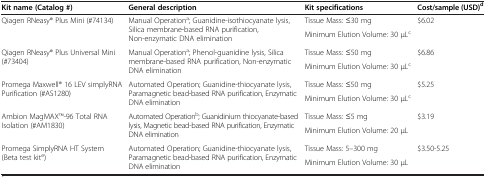
<table><thead><tr><td><b>Kit name (Catalog #)</b></td><td><b>General description</b></td><td><b>Kit specifications</b></td><td><b>Cost/sample (USD)<sup>d</sup></b></td></tr></thead><tbody><tr><td rowspan="2">Qiagen RNeasy® Plus Mini (#74134)</td><td rowspan="2">Manual Operation<sup>a</sup>; Guanidine-isothiocyanate lysis, Silica membrane-based RNA purification, Non-enzymatic DNA elimination</td><td>Tissue Mass: ≤30 mg</td><td rowspan="2">$6.02</td></tr><tr><td>Minimum Elution Volume: 30 μL<sup>c</sup></td></tr><tr><td rowspan="2">Qiagen RNeasy® Plus Universal Mini (#73404)</td><td rowspan="2">Manual Operation<sup>a</sup>; Phenol-guanidine lysis, Silica membrane-based RNA purification, Non-enzymatic DNA elimination</td><td>Tissue Mass: ≤50 mg</td><td rowspan="2">$6.86</td></tr><tr><td>Minimum Elution Volume: 30 μL<sup>c</sup></td></tr><tr><td rowspan="2">Promega Maxwell® 16 LEV simplyRNA Purification (#AS1280)</td><td rowspan="2">Automated Operation; Guanidine-thiocyanate lysis, Paramagnetic bead-based RNA purification, Enzymatic DNA elimination</td><td>Tissue Mass: ≤50 mg</td><td rowspan="2">$5.25</td></tr><tr><td>Minimum Elution Volume: 30 μL<sup>c</sup></td></tr><tr><td rowspan="2">Ambion MagMAXTM-96 Total RNA Isolation (#AM1830)</td><td rowspan="2">Automated Operation<sup>b</sup>; Guanidinium thiocyanate-based lysis, Magnetic bead-based RNA purification, Enzymatic DNA elimination</td><td>Tissue Mass: ≤5 mg</td><td rowspan="2">$3.19</td></tr><tr><td>Minimum Elution Volume: 20 μL</td></tr><tr><td rowspan="2">Promega SimplyRNA HT System (Beta test kit<sup>e</sup>)</td><td rowspan="2">Automated Operation; Guanidine-thiocyanate lysis, Paramagnetic bead-based RNA purification, Enzymatic DNA elimination</td><td>Tissue Mass: 5–300 mg</td><td rowspan="2">$3.50-5.25</td></tr><tr><td>Minimum Elution Volume: 30 μL</td></tr></tbody></table>